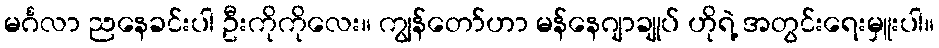
မင်္ဂလာ ညနေခင်းပါ ဦးကိုကိုလေး။ ကျွန်တော်ဟာ မန်နေဂျာချုပ် ဟိုရဲ့ အတွင်းရေးမှူးပါ။